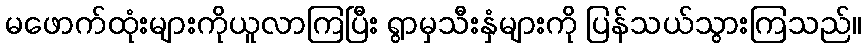
မဖောက်ထုံးများကိုယူလာကြပြီး ရွာမှသီးနှံများကို ပြန်သယ်သွားကြသည်။